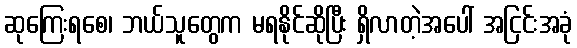
ဆုကြေးရစေ၊ ဘယ်သူတွေက မရနိုင်ဆိုပြီး ရှိလာတဲ့အပေါ် အငြင်းအခုံ